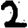
Digit: 2